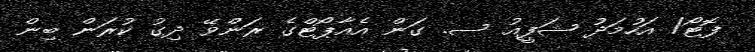
ފޮޓޯ/ އަހުމަދު ޝަފީއު ސ. ގަން އެއާޕޯޓްގެ ރަންވޭ ދިގު ކުރަން ބިން